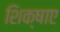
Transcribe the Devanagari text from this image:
शिक्षाए